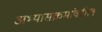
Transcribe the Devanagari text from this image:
अभ्यासक्रमांवरील